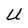
Character: U